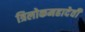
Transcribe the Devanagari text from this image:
त्रिलोकमहादेवी